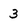
Character: 3